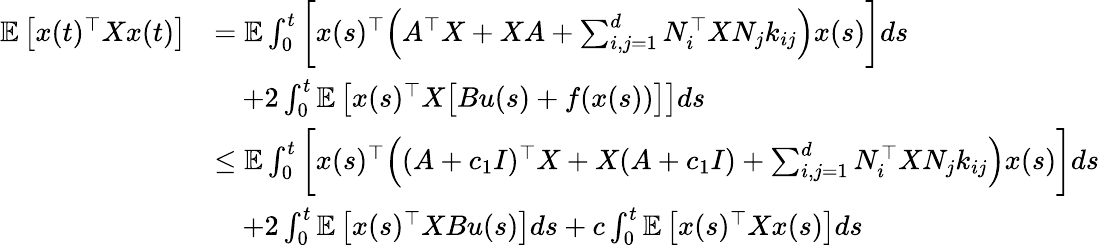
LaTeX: \begin{array}{rl}{\mathbb E\left[x(t)^{\top}Xx(t)\right]}&{=\mathbb E\int_{0}^{t}\bigg[x(s)^{\top}\Big(A^{\top}X+XA+\sum_{i,j=1}^{d}N_{i}^{\top}XN_{j}k_{ij}\Big)x(s)\bigg]ds}\\ &{\quad+2\int_{0}^{t}\mathbb E\left[x(s)^{\top}X\big[Bu(s)+f(x(s))\big]\right]ds}\\ &{\leq\mathbb E\int_{0}^{t}\bigg[x(s)^{\top}\Big((A+c_{1}I)^{\top}X+X(A+c_{1}I)+\sum_{i,j=1}^{d}N_{i}^{\top}XN_{j}k_{ij}\Big)x(s)\bigg]ds}\\ &{\quad+2\int_{0}^{t}\mathbb E\left[x(s)^{\top}XBu(s)\right]ds+c\int_{0}^{t}\mathbb E\left[x(s)^{\top}Xx(s)\right]ds}\end{array}